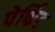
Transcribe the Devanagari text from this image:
पेर्फिट